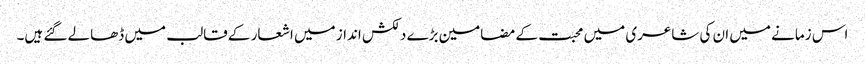
اس زمانے میں ان کی شاعری میں محبت کے مضامین بڑے دلکش انداز میں اشعار کے قالب میں ڈھالے گئے ہیں۔